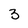
Character: 3